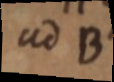
ad B